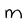
Character: M